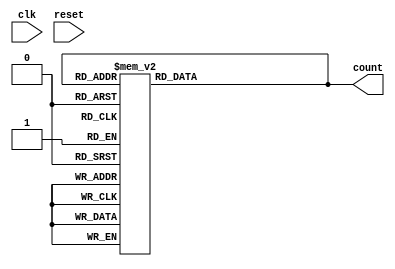
module gray_counter
(
input wire clk,
input wire reset,
output reg [3:0] count
);

reg [3:0] next_count;

always @ (posedge clk or posedge reset)
begin
  if (reset)
    next_count <= 4'b0000;
  else
    next_count <= count + 1;
end

always @ (*)
begin
  case(count)
    4'b0000: count = 4'b0001; // Gray code equivalent of binary 0
    4'b0001: count = 4'b0011; // Gray code equivalent of binary 1
    4'b0011: count = 4'b0010; // Gray code equivalent of binary 2
    4'b0010: count = 4'b0110; // Gray code equivalent of binary 3
    4'b0110: count = 4'b0111; // Gray code equivalent of binary 4
    4'b0111: count = 4'b0101; // Gray code equivalent of binary 5
    4'b0101: count = 4'b0100; // Gray code equivalent of binary 6
    4'b0100: count = 4'b1100; // Gray code equivalent of binary 7
    4'b1100: count = 4'b1101; // Gray code equivalent of binary 8
    4'b1101: count = 4'b1111; // Gray code equivalent of binary 9
    4'b1111: count = 4'b1110; // Gray code equivalent of binary 10
    4'b1110: count = 4'b1010; // Gray code equivalent of binary 11
    4'b1010: count = 4'b1011; // Gray code equivalent of binary 12
    4'b1011: count = 4'b1001; // Gray code equivalent of binary 13
    4'b1001: count = 4'b1000; // Gray code equivalent of binary 14
    4'b1000: count = 4'b0000; // Gray code equivalent of binary 15
    default: count = 4'b0000;
  endcase
end

endmodule